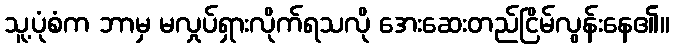
သူ့ပုံစံက ဘာမှ မလှုပ်ရှားလိုက်ရသလို အေးဆေးတည်ငြိမ်လွန်းနေ၏။